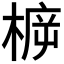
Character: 𣔳